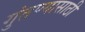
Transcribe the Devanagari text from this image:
गुंतण्यासाठी